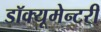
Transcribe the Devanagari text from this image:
डॉक्यूमेन्टरी